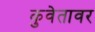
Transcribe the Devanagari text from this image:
कुवेतावर